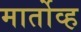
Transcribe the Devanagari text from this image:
मार्तोव्ह